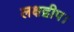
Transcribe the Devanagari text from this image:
लक्षद्वीप।